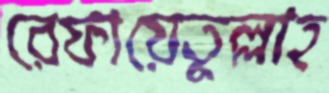
রেফায়েতুল্লাহ